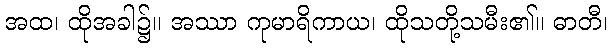
အထ၊ ထိုအခါ၌။ အဿာ ကုမာရိကာယ၊ ထိုသတို့သမီး၏။ ဓာတီ၊